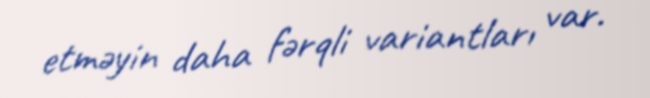
etməyin daha fərqli variantları var.